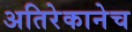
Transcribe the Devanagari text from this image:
अतिरेकानेच